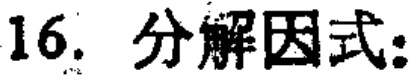
16. 分解因式: